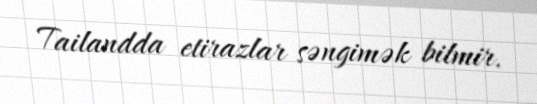
Tailandda etirazlar səngimək bilmir.